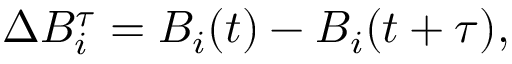
\Delta B _ { i } ^ { \tau } = B _ { i } ( t ) - B _ { i } ( t + \tau ) ,